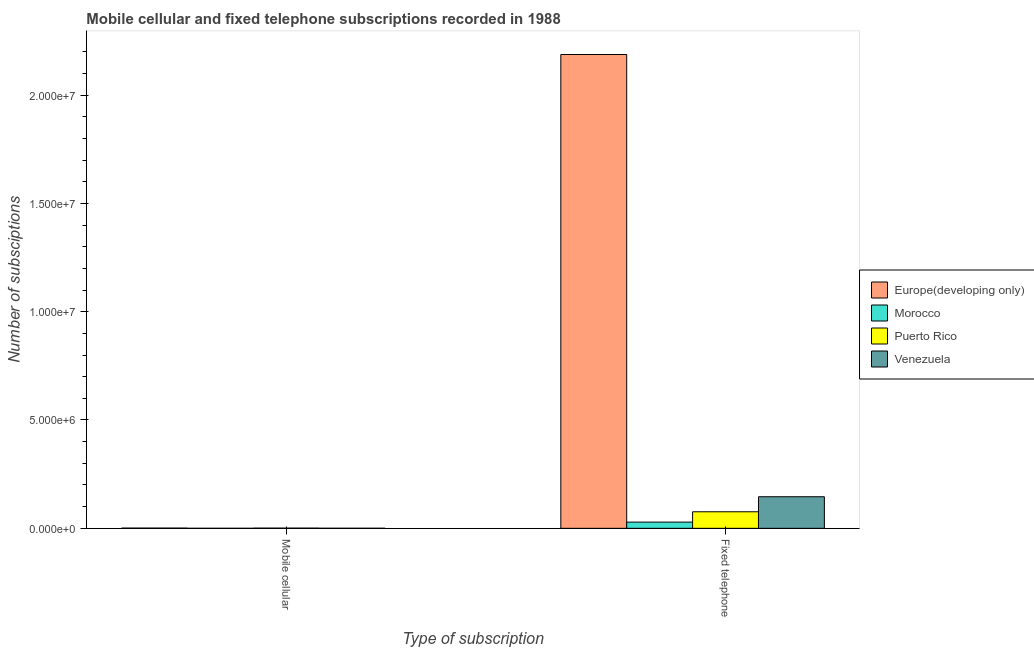
| Type of subscription | Europe(developing only) | Morocco | Puerto Rico | Venezuela |
 | --- | --- | --- | --- | --- |
 | Mobile cellular | 9.85e+03 | 105 | 8.7e+03 | 1.8e+03 |
 | Fixed telephone | 2.19e+07 | 2.86e+05 | 7.64e+05 | 1.46e+06 |